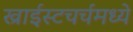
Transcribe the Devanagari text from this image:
ख्राईस्टचर्चमध्ये